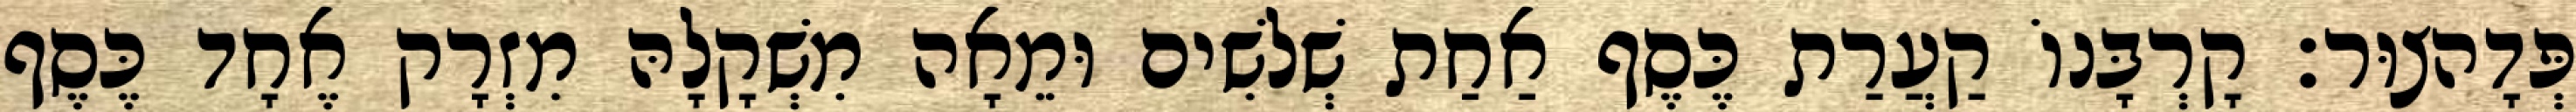
פְּדָהצוּר׃ קָרְבָּנוֹ קַעֲרַת כֶּסֶף אַחַת שְׁלשִׁים וּמֵאָה מִשְׁקָלָהּ מִזְרָק אֶחָד כֶּסֶף